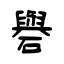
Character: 礜